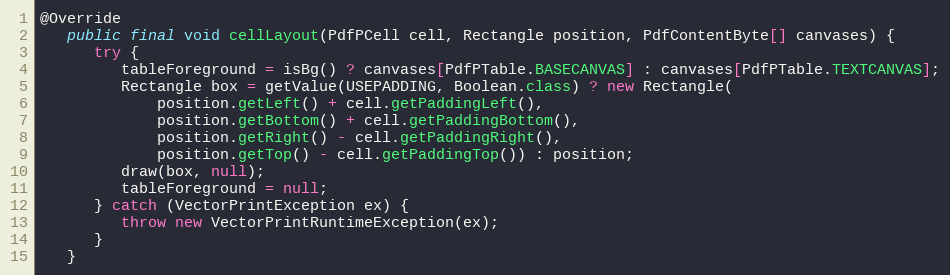
Language: Java
@Override
   public final void cellLayout(PdfPCell cell, Rectangle position, PdfContentByte[] canvases) {
      try {
         tableForeground = isBg() ? canvases[PdfPTable.BASECANVAS] : canvases[PdfPTable.TEXTCANVAS];
         Rectangle box = getValue(USEPADDING, Boolean.class) ? new Rectangle(
             position.getLeft() + cell.getPaddingLeft(),
             position.getBottom() + cell.getPaddingBottom(),
             position.getRight() - cell.getPaddingRight(),
             position.getTop() - cell.getPaddingTop()) : position;
         draw(box, null);
         tableForeground = null;
      } catch (VectorPrintException ex) {
         throw new VectorPrintRuntimeException(ex);
      }
   }